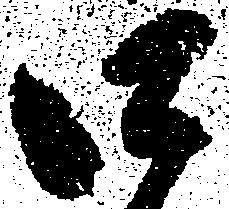
口